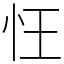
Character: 忹